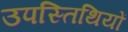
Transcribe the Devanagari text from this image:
उपस्तिथियों